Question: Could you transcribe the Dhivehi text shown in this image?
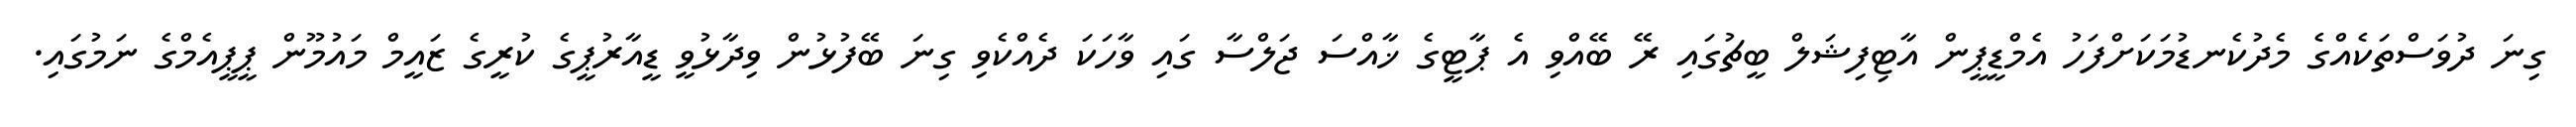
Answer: ގިނަ ދުވަސްތަކެއްގެ މެދުކެނޑުމަކަށްފަހު އެމްޑީޕީން އާޓިފިޝަލް ބީޗުގައި ރޭ ބޭއްވި އެ ޕާޓީގެ ޚާއްސަ ޖަލްސާ ގައި ވާހަކަ ދެއްކެވި ގިނަ ބޭފުޅުން ވިދާޅުވީ ޑީއާރުޕީގެ ކުރީގެ ޒައީމް މައުމޫން ޕީޕީއެމްގެ ނަމުގައި.